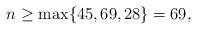
LaTeX: \begin{align*}n\geq \max\{45,69,28\}=69,\end{align*}